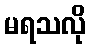
မရသလို